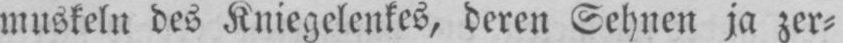
muskeln des Kniegelenkes, deren Sehnen ja zer⸗